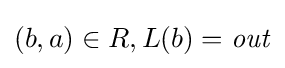
(b,a)\in R,L(b)={\mathit {out}}